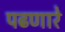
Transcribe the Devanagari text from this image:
पढणारे